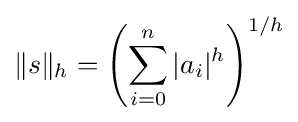
\|s\|_{h}=\left(\sum _{i=0}^{n}|a_{i}|^{h}\right)^{1/h}